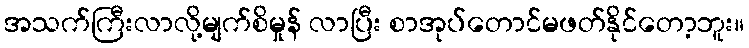
အသက်ကြီးလာလို့မျက်စိမှုန် လာပြီး စာအုပ်တောင်မဖတ်နိုင်တော့ဘူး။